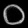
Digit: ၀